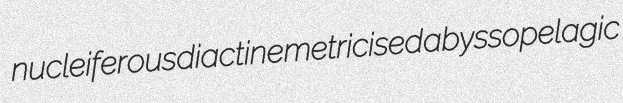
nucleiferous diactine metricised abyssopelagic